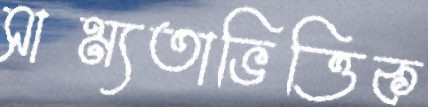
সাম্যতাভিত্তিক